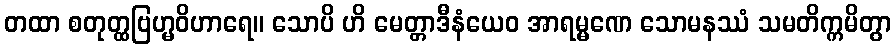
တထာ စတုတ္ထဗြဟ္မဝိဟာရေ။ သောပိ ဟိ မေတ္တာဒီနံယေဝ အာရမ္မဏေ သောမနဿံ သမတိက္ကမိတွာ